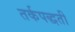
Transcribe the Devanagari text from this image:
तर्कपद्धती